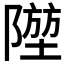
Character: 𨼁